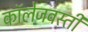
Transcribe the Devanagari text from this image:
कॉलेजवस्ती